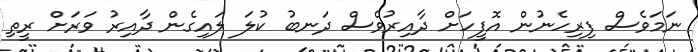
ނަމަވެސް ފިރިހެނުން އޮފީހަށް ދާއިރުވެސް ދަނބު ކުލަ ލައިގެން ދާއިރު ވަރަށް ރީތި